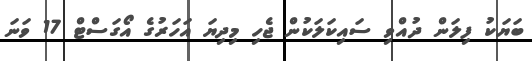
ބަޔަކު ފިލަން ދުއްވި ސައިކަލަކުން ޖެހި މިދިޔަ އަހަރުގެ އޯގަސްޓް 17 ވަނަ